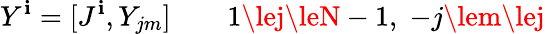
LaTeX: Y^{\mathbf{i}}=[J^{\mathbf{i}},Y_{jm}]\qquad1\lej\leN-1,\; -j\lem\lej